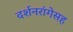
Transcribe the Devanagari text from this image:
दर्शनरांगेसह